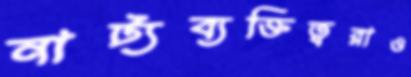
নাট্যব্যক্তিত্বরাও